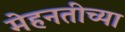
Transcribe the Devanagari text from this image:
मेहनतीच्या